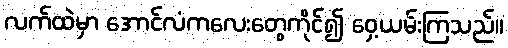
လက်ထဲမှာ အောင်လံကလေးတွေကိုင်၍ ဝှေ့ယမ်းကြသည်။